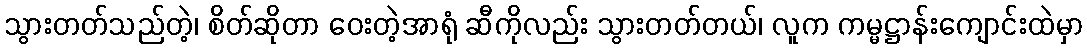
သွားတတ်သည်တဲ့၊ စိတ်ဆိုတာ ဝေးတဲ့အာရုံ ဆီကိုလည်း သွားတတ်တယ်၊ လူက ကမ္မဋ္ဌာန်းကျောင်းထဲမှာ